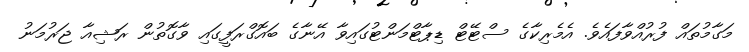
މަގާމުތައް ފުރުއްވާފައެވެ. އެމެރިކާގެ ސްޓޭޓް ޑިޕާޓްމަންޓުގައިވާ އޭނާގެ ބައޮގްރަފީގައި ވާގޮތުން ރަޝިއާ ޖަރުމަނު